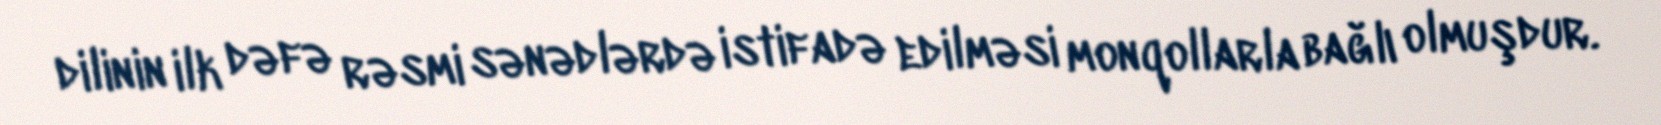
dilinin ilk dəfə rəsmi sənədlərdə istifadə edilməsi monqollarla bağlı olmuşdur.